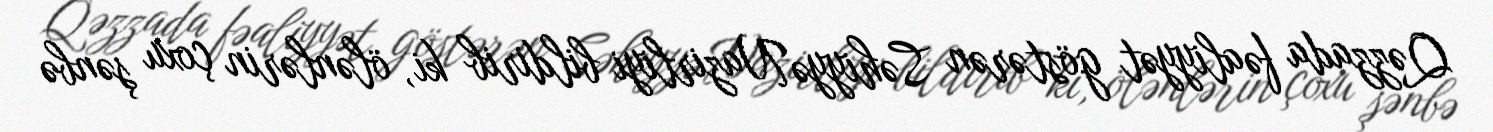
Qəzzada fəaliyyət göstərən Səhiyyə Nazirliyi bildirib ki, ölənlərin çoxu şənbə